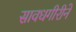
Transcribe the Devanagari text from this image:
सावधगीरीने